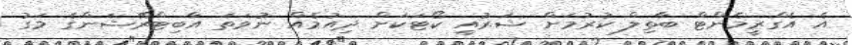
އެ އެގްރީމެންޓް ބާތިލް ކުރުމަށް ޝަރުއީ ކޯޓަކަށް ދިއުމެއް ނުވަތަ އާބިޓްރޭޝަންގެ މަގު